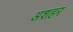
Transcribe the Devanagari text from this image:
अशहर